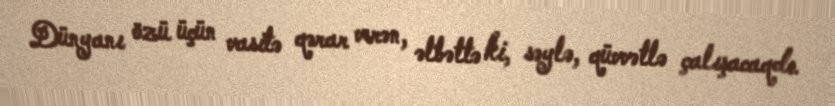
Dünyanı özü üçün vasitə qərar verən, əlbəttə ki, səylə, qüvvətlə çalışacaqdı.